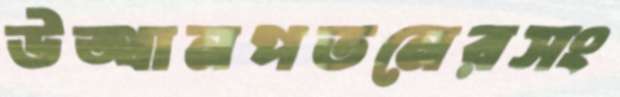
উত্থানপতনেরসং